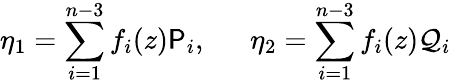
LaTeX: \eta_{1}=\sum_{i=1}^{n-3}f_{i}(z)\mathsf{P}_{i},~~~~~~\eta_{2}=\sum_{i=1}^{n-3}f_{i}(z)\mathcal{Q}_{i}